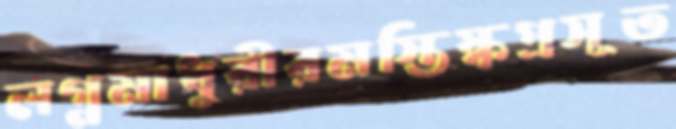
লগ্নমাধুরীরমস্তিষ্কপ্রসূত